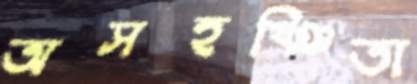
অসহষ্ঞিতা